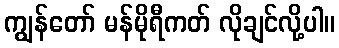
ကျွန်တော် မန်မိုရီကတ် လိုချင်လို့ပါ။